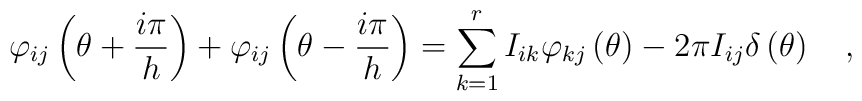
\varphi _{ij}\left( \theta +\frac{i\pi }{h}\right) +\varphi _{ij}\left(\theta -\frac{i\pi }{h}\right) =\sum\limits_{k=1}^{r}I_{ik}\varphi_{kj}\left( \theta \right) -2\pi I_{ij}\delta \left( \theta \right) \quad ,